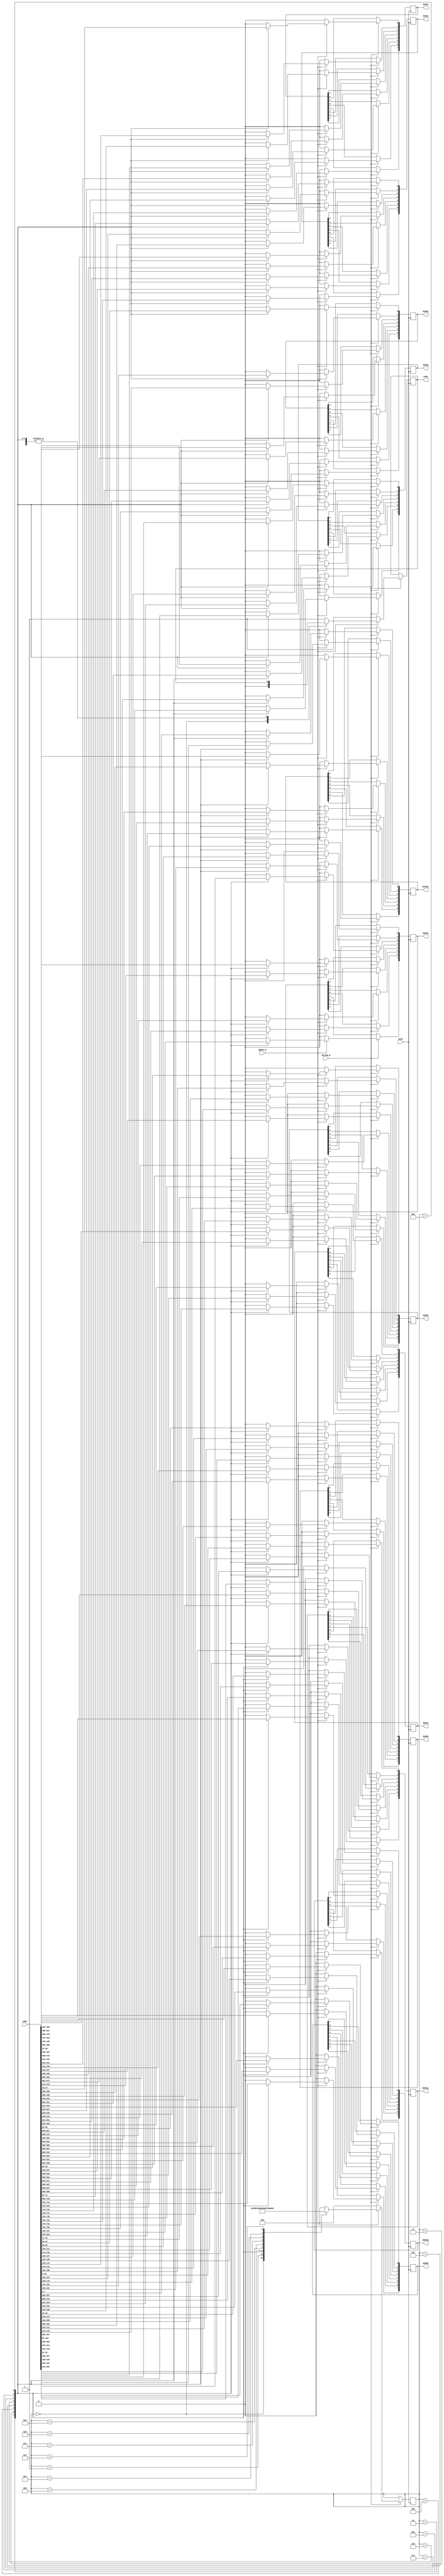
module CTRL_DAC(
	SCLK,
	RESET_N,
	ACTIVE_N,
	SDIN1,
	SDIN2,
	SDIN3,
	SDIN4,
	SDIN5,
	SDIN6,
	SDIN7,
	SDIN8,
	SDIN9,
	SDIN10,
	SDIN11,
	SDIN12,
	SYNC,
	nmbr,
);

input SCLK;
input RESET_N;
input ACTIVE_N;
input [0:767]nmbr;
output [0:7]SDIN1;
output [0:7]SDIN2;
output [0:7]SDIN3;
output [0:7]SDIN4;
output [0:7]SDIN5;
output [0:7]SDIN6;
output [0:7]SDIN7;
output [0:7]SDIN8;
output [0:7]SDIN9;
output [0:7]SDIN10;
output [0:7]SDIN11;
output [0:7]SDIN12;
output SYNC;


reg SYNC;
reg [0:7]SDIN1;
reg [0:7]SDIN2;
reg [0:7]SDIN3;
reg [0:7]SDIN4;
reg [0:7]SDIN5;
reg [0:7]SDIN6;
reg [0:7]SDIN7;
reg [0:7]SDIN8;
reg [0:7]SDIN9;
reg [0:7]SDIN10;
reg [0:7]SDIN11;
reg [0:7]SDIN12;
reg [0:4]state;


integer i;

	always@(posedge SCLK) begin
		if(ACTIVE_N ==1'b1) begin

		if( RESET_N == 1'b0)begin
			state <= 5'b00000;
			SDIN1  <= 3'b000;
			SDIN2  <= 3'b000;
			SDIN3  <= 3'b000;
			SDIN4  <= 3'b000;
			SDIN5  <= 3'b000;
			SDIN6  <= 3'b000;
			SDIN7  <= 3'b000;
			SDIN8  <= 3'b000;
			SDIN9  <= 3'b000;
			SDIN10  <= 3'b000;
			SDIN11  <= 3'b000;
			SDIN12  <= 3'b000;
			SYNC <= 1'b1;
		end else begin
			case( state)
			5'b00000:begin // transfer start bit power down mode (PD1)
				state <= 5'b00001;
				SDIN1  <= 3'b000;
				SDIN2  <= 3'b000;
				SDIN3  <= 3'b000;
				SDIN4  <= 3'b000;
				SDIN5  <= 3'b000;
				SDIN6  <= 3'b000;
				SDIN7  <= 3'b000;
				SDIN8  <= 3'b000;
				SDIN9  <= 3'b000;
				SDIN10  <= 3'b000;
				SDIN11  <= 3'b000;
				SDIN12  <= 3'b000;				
				SYNC <= 1'b0;
			end
			5'b00001: begin // transfer start bit power down mode (PD0)
				state <= 5'b00010;
				SDIN1  <= 3'b000;
				SDIN2  <= 3'b000;
				SDIN3  <= 3'b000;
				SDIN4  <= 3'b000;
				SDIN5  <= 3'b000;
				SDIN6  <= 3'b000;
				SDIN7  <= 3'b000;
				SDIN8  <= 3'b000;
				SDIN9  <= 3'b000;
				SDIN10  <= 3'b000;
				SDIN11  <= 3'b000;
				SDIN12  <= 3'b000;
			end
			5'b00010:begin
				state <= 5'b00011;
				for (i = 0;i < 8;i = i + 1)begin
				SDIN1[i] <= nmbr[i*96];
				SDIN2[i] <= nmbr[i*96+8];
				SDIN3[i] <= nmbr[i*96+2*8];
				SDIN4[i] <= nmbr[i*96+3*8];
				SDIN5[i] <= nmbr[i*96+4*8];
				SDIN6[i] <= nmbr[i*96+5*8];
				SDIN7[i] <= nmbr[i*96+6*8];
				SDIN8[i] <= nmbr[i*96+7*8];
				SDIN9[i] <= nmbr[i*96+8*8];
				SDIN10[i] <= nmbr[i*96+9*8];
				SDIN11[i] <= nmbr[i*96+10*8];
				SDIN12[i] <= nmbr[i*96+11*8];
				end
				
			end
			5'b00011:begin
				state <= 5'b00100;
				for (i = 0;i < 8;i = i + 1)begin
				SDIN1[i] <= nmbr[i*96+1];
				SDIN2[i] <= nmbr[i*96+8+1];
				SDIN3[i] <= nmbr[i*96+2*8+1];
				SDIN4[i] <= nmbr[i*96+3*8+1];
				SDIN5[i] <= nmbr[i*96+4*8+1];
				SDIN6[i] <= nmbr[i*96+5*8+1];
				SDIN7[i] <= nmbr[i*96+6*8+1];
				SDIN8[i] <= nmbr[i*96+7*8+1];
				SDIN9[i] <= nmbr[i*96+8*8+1];
				SDIN10[i] <= nmbr[i*96+9*8+1];
				SDIN11[i] <= nmbr[i*96+10*8+1];
				SDIN12[i] <= nmbr[i*96+11*8+1];
				end
			end
			5'b00100:begin // transfer start bit
				state <= 5'b00101;
				for (i = 0;i < 8;i = i + 1)begin
				SDIN1[i] <= nmbr[i*96+2];
				SDIN2[i] <= nmbr[i*96+8+2];
				SDIN3[i] <= nmbr[i*96+2*8+2];
				SDIN4[i] <= nmbr[i*96+3*8+2];
				SDIN5[i] <= nmbr[i*96+4*8+2];
				SDIN6[i] <= nmbr[i*96+5*8+2];
				SDIN7[i] <= nmbr[i*96+6*8+2];
				SDIN8[i] <= nmbr[i*96+7*8+2];
				SDIN9[i] <= nmbr[i*96+8*8+2];
				SDIN10[i] <= nmbr[i*96+9*8+2];
				SDIN11[i] <= nmbr[i*96+10*8+2];
				SDIN12[i] <= nmbr[i*96+11*8+2];
				end
				end
			5'b00101:begin // transfer start bit
				state <= 5'b00110;
				for (i = 0;i < 8;i = i + 1)begin
				SDIN1[i] <= nmbr[i*96+3];
				SDIN2[i] <= nmbr[i*96+8+3];
				SDIN3[i] <= nmbr[i*96+2*8+3];
				SDIN4[i] <= nmbr[i*96+3*8+3];
				SDIN5[i] <= nmbr[i*96+4*8+3];
				SDIN6[i] <= nmbr[i*96+5*8+3];
				SDIN7[i] <= nmbr[i*96+6*8+3];
				SDIN8[i] <= nmbr[i*96+7*8+3];
				SDIN9[i] <= nmbr[i*96+8*8+3];
				SDIN10[i] <= nmbr[i*96+9*8+3];
				SDIN11[i] <= nmbr[i*96+10*8+3];
				SDIN12[i] <= nmbr[i*96+11*8+3];
				end
				end
			5'b00110:begin // transfer start bit
				state <= 5'b00111;
				for (i = 0;i < 8;i = i + 1)begin
				SDIN1[i] <= nmbr[i*96+4];
				SDIN2[i] <= nmbr[i*96+8+4];
				SDIN3[i] <= nmbr[i*96+2*8+4];
				SDIN4[i] <= nmbr[i*96+3*8+4];
				SDIN5[i] <= nmbr[i*96+4*8+4];
				SDIN6[i] <= nmbr[i*96+5*8+4];
				SDIN7[i] <= nmbr[i*96+6*8+4];
				SDIN8[i] <= nmbr[i*96+7*8+4];
				SDIN9[i] <= nmbr[i*96+8*8+4];
				SDIN10[i] <= nmbr[i*96+9*8+4];
				SDIN11[i] <= nmbr[i*96+10*8+4];
				SDIN12[i] <= nmbr[i*96+11*8+4];
				end
			end
			5'b00111:begin // transfer start bit
				state <= 5'b01000;
				for (i = 0;i < 8;i = i + 1)begin
				SDIN1[i] <= nmbr[i*96+5];
				SDIN2[i] <= nmbr[i*96+8+5];
				SDIN3[i] <= nmbr[i*96+2*8+5];
				SDIN4[i] <= nmbr[i*96+3*8+5];
				SDIN5[i] <= nmbr[i*96+4*8+5];
				SDIN6[i] <= nmbr[i*96+5*8+5];
				SDIN7[i] <= nmbr[i*96+6*8+5];
				SDIN8[i] <= nmbr[i*96+7*8+5];
				SDIN9[i] <= nmbr[i*96+8*8+5];
				SDIN10[i] <= nmbr[i*96+9*8+5];
				SDIN11[i] <= nmbr[i*96+10*8+5];
				SDIN12[i] <= nmbr[i*96+11*8+5];
				end
			end
			5'b01000:begin // transfer start bit
				state <= 5'b01001;
				for (i = 0;i < 8;i = i + 1)begin
				SDIN1[i] <= nmbr[i*96+6];
				SDIN2[i] <= nmbr[i*96+8+6];
				SDIN3[i] <= nmbr[i*96+2*8+6];
				SDIN4[i] <= nmbr[i*96+3*8+6];
				SDIN5[i] <= nmbr[i*96+4*8+6];
				SDIN6[i] <= nmbr[i*96+5*8+6];
				SDIN7[i] <= nmbr[i*96+6*8+6];
				SDIN8[i] <= nmbr[i*96+7*8+6];
				SDIN9[i] <= nmbr[i*96+8*8+6];
				SDIN10[i] <= nmbr[i*96+9*8+6];
				SDIN11[i] <= nmbr[i*96+10*8+6];
				SDIN12[i] <= nmbr[i*96+11*8+6];
				end
				end
			5'b01001:begin // transfer start bit
				state <= 5'b01010;
				for (i = 0;i < 8;i = i + 1)begin
				SDIN1[i] <= nmbr[i*96+7];
				SDIN2[i] <= nmbr[i*96+8+7];
				SDIN3[i] <= nmbr[i*96+2*8+7];
				SDIN4[i] <= nmbr[i*96+3*8+7];
				SDIN5[i] <= nmbr[i*96+4*8+7];
				SDIN6[i] <= nmbr[i*96+5*8+7];
				SDIN7[i] <= nmbr[i*96+6*8+7];
				SDIN8[i] <= nmbr[i*96+7*8+7];
				SDIN9[i] <= nmbr[i*96+8*8+7];
				SDIN10[i] <= nmbr[i*96+9*8+7];
				SDIN11[i] <= nmbr[i*96+10*8+7];
				SDIN12[i] <= nmbr[i*96+11*8+7];
				end
			end
			5'b01010:begin
				state <= 5'b01011;
				SDIN1  <= 3'b000;
				SDIN2  <= 3'b000;
				SDIN3  <= 3'b000;
				SDIN4  <= 3'b000;
				SDIN5  <= 3'b000;
				SDIN6  <= 3'b000;
				SDIN7  <= 3'b000;
				SDIN8  <= 3'b000;
				SDIN9  <= 3'b000;
				SDIN10  <= 3'b000;
				SDIN11  <= 3'b000;
				SDIN12  <= 3'b000;
			end
			5'b01011:begin
				state <= 5'b01100;
				SDIN1  <= 3'b000;
				SDIN2  <= 3'b000;
				SDIN3  <= 3'b000;
				SDIN4  <= 3'b000;
				SDIN5  <= 3'b000;
				SDIN6  <= 3'b000;
				SDIN7  <= 3'b000;
				SDIN8  <= 3'b000;
				SDIN9  <= 3'b000;
				SDIN10  <= 3'b000;
				SDIN11  <= 3'b000;
				SDIN12  <= 3'b000;
			end
			5'b01100:begin
				state <= 5'b01101;
				SDIN1  <= 3'b000;
				SDIN2  <= 3'b000;
				SDIN3  <= 3'b000;
				SDIN4  <= 3'b000;
				SDIN5  <= 3'b000;
				SDIN6  <= 3'b000;
				SDIN7  <= 3'b000;
				SDIN8  <= 3'b000;
				SDIN9  <= 3'b000;
				SDIN10  <= 3'b000;
				SDIN11  <= 3'b000;
				SDIN12  <= 3'b000;
			end		
			5'b01101:begin // transfer bit
				state <= 5'b01110;
				SDIN1  <= 3'b000;
				SDIN2  <= 3'b000;
				SDIN3  <= 3'b000;
				SDIN4  <= 3'b000;
				SDIN5  <= 3'b000;
				SDIN6  <= 3'b000;
				SDIN7  <= 3'b000;
				SDIN8  <= 3'b000;
				SDIN9  <= 3'b000;
				SDIN10  <= 3'b000;
				SDIN11  <= 3'b000;
				SDIN12  <= 3'b000;
			end
			5'b01110:begin // transfer bit
				state <= 5'b01111;
				SDIN1  <= 3'b000;
				SDIN2  <= 3'b000;
				SDIN3  <= 3'b000;
				SDIN4  <= 3'b000;
				SDIN5  <= 3'b000;
				SDIN6  <= 3'b000;
				SDIN7  <= 3'b000;
				SDIN8  <= 3'b000;
				SDIN9  <= 3'b000;
				SDIN10  <= 3'b000;
				SDIN11  <= 3'b000;
				SDIN12  <= 3'b000;
			end
			5'b01111:begin // transfer Bit
				state <= 5'b10000;
				SDIN1  <= 3'b000;
				SDIN2  <= 3'b000;
				SDIN3  <= 3'b000;
				SDIN4  <= 3'b000;
				SDIN5  <= 3'b000;
				SDIN6  <= 3'b000;
				SDIN7  <= 3'b000;
				SDIN8  <= 3'b000;
				SDIN9  <= 3'b000;
				SDIN10  <= 3'b000;
				SDIN11  <= 3'b000;
				SDIN12  <= 3'b000;
			end
			5'b10000:begin
				state <= 5'b00000;
				SDIN1  <= 3'b000;
				SDIN2  <= 3'b000;
				SDIN3  <= 3'b000;
				SDIN4  <= 3'b000;
				SDIN5  <= 3'b000;
				SDIN6  <= 3'b000;
				SDIN7  <= 3'b000;
				SDIN8  <= 3'b000;
				SDIN9  <= 3'b000;
				SDIN10  <= 3'b000;
				SDIN11  <= 3'b000;
				SDIN12  <= 3'b000;
			SYNC <= 1'b1;
			end
			default:begin
				state <= 5'b00000;
				SDIN1  <= 3'b000;
				SDIN2  <= 3'b000;
				SDIN3  <= 3'b000;
				SDIN4  <= 3'b000;
				SDIN5  <= 3'b000;
				SDIN6  <= 3'b000;
				SDIN7  <= 3'b000;
				SDIN8  <= 3'b000;
				SDIN9  <= 3'b000;
				SDIN10  <= 3'b000;
				SDIN11  <= 3'b000;
				SDIN12  <= 3'b000;
				SYNC <= 1'b1;
			end
			endcase
		end
		end

	end
	
endmodule